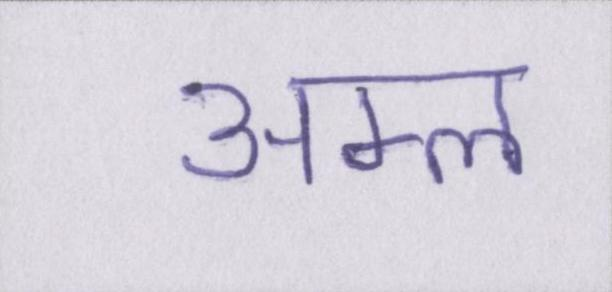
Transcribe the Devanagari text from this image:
अम्ल